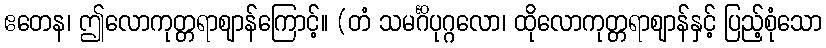
ဧတေန၊ ဤလောကုတ္တရာဈာန်ကြောင့်။ (တံ သမင်္ဂိပုဂ္ဂလော၊ ထိုလောကုတ္တရာဈာန်နှင့် ပြည့်စုံသော